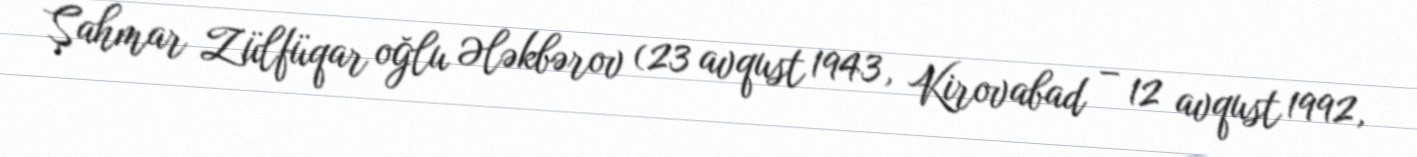
Şahmar Zülfüqar oğlu Ələkbərov (23 avqust 1943, Kirovabad – 12 avqust 1992,